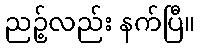
ညဉ့်လည်း နက်ပြီ။